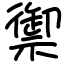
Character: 禦